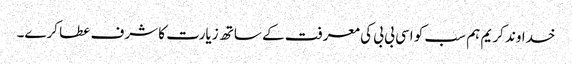
خداوند کریم ہم سب کو اسی بی بی کی معرفت کے ساتھ زیارت کا شرف عطا کرے۔